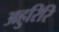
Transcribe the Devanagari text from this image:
अहुरिरि